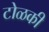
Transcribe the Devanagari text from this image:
टोळकी